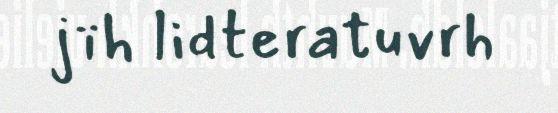
jïh lidteratuvrh